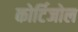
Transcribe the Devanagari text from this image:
कोर्टिजोल